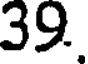
39.